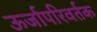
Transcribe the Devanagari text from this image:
ऊर्जापरिवर्तक